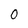
Character: 0